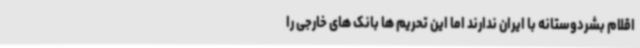
اقلام بشردوستانه با ایران ندارند اما این تحریم ها بانک های خارجی را